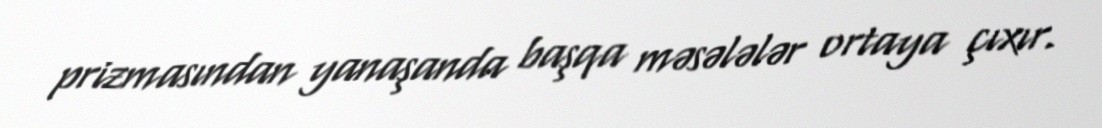
prizmasından yanaşanda başqa məsələlər ortaya çıxır.